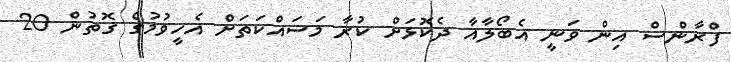
ފްރާންސް އިން ވަނީ އެބޯލާއާ ދެކޮޅަށް ކުރާ މަސައްކަތަށް އެހީވުމުގެ ގޮތުން 20